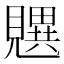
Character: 𬢄